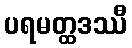
ပရမတ္ထဒဿီ